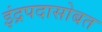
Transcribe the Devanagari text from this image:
इंद्रपदासोबत